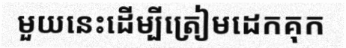
មួយនេះដើម្បីត្រៀមដេកគុក